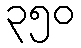
၃၅၀